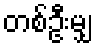
တစ်ဦးမျှ